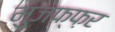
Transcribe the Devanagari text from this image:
मुजफ्फ़र